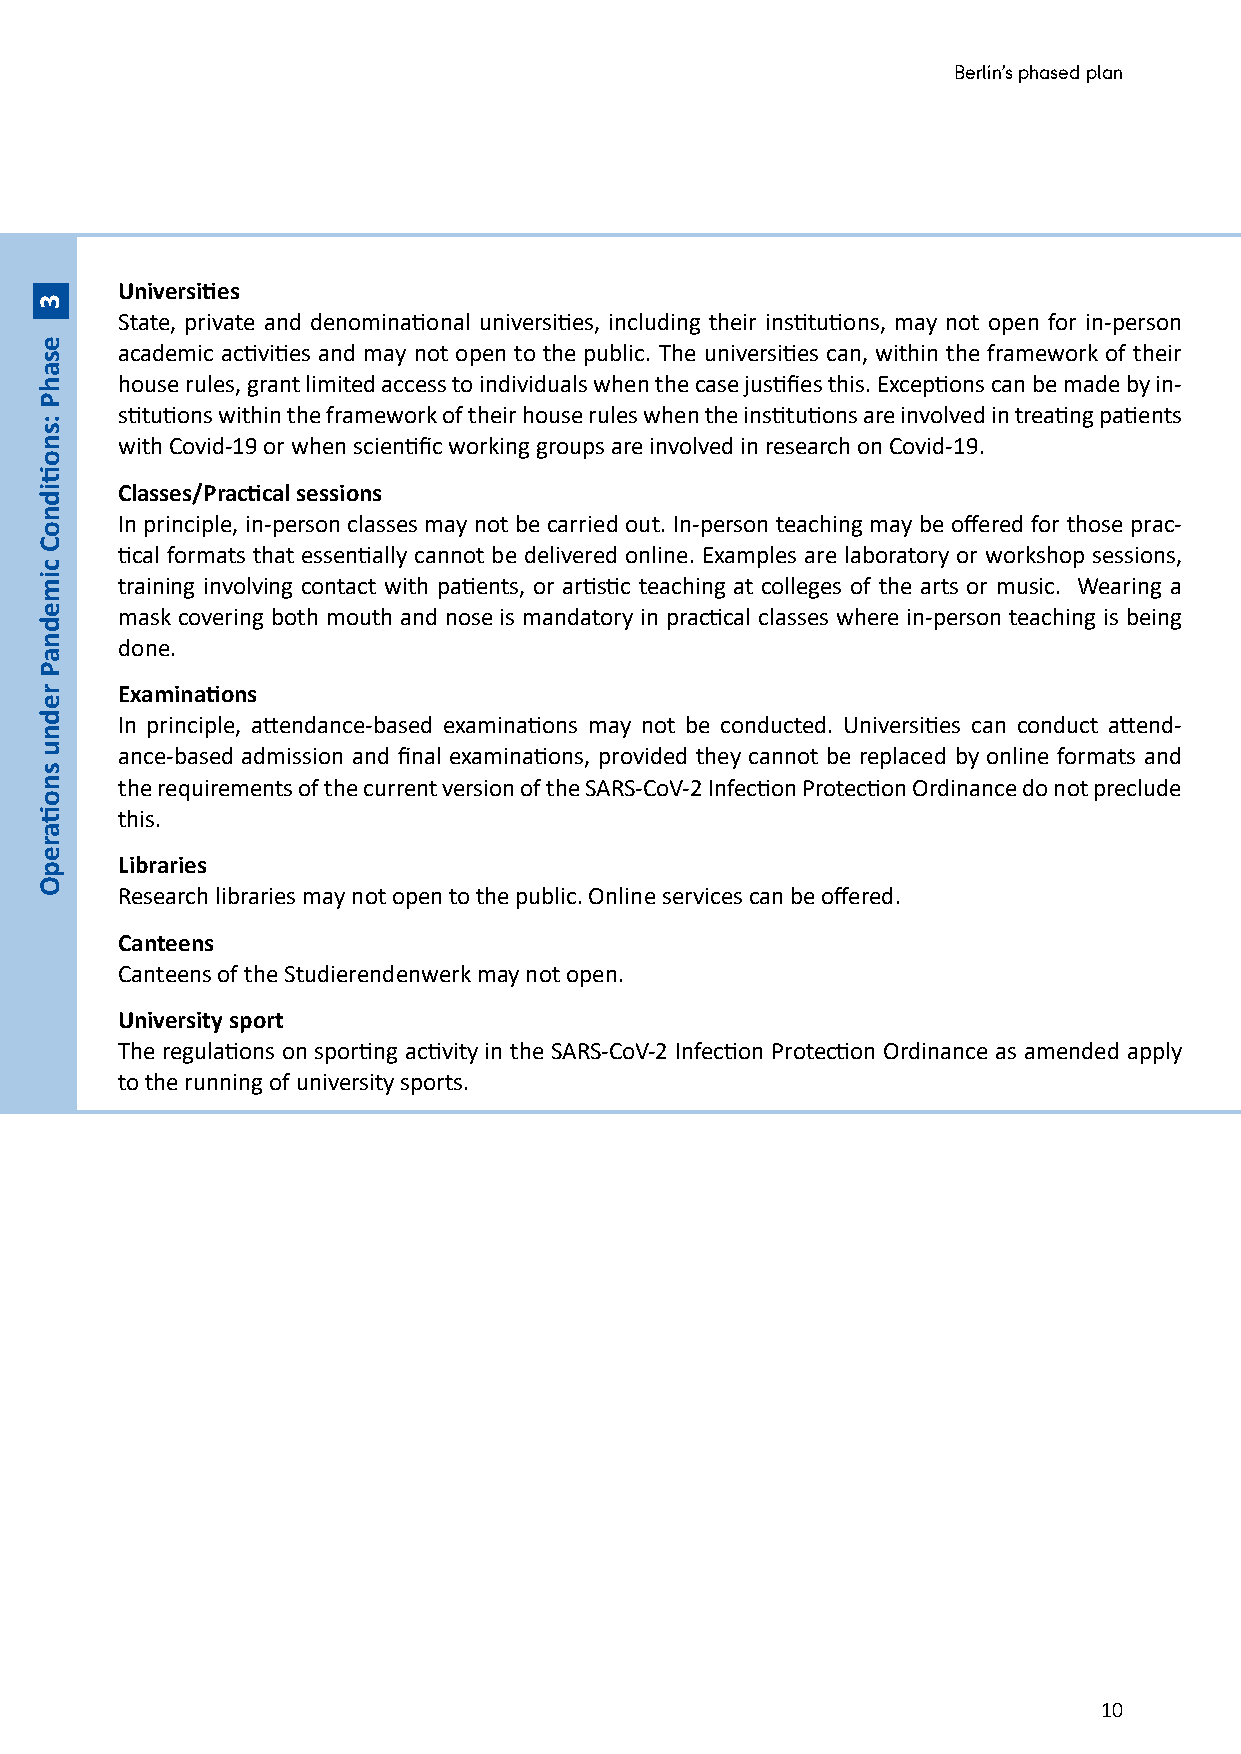
Berlin’s phased plan
 Universities
 State, private and denominational universities, including their institutions, may not open for in-person
 academic activities and may not open to the public. The universities can, within the framework of their
 house rules, grant limited access to individuals when the case justifies this. Exceptions can be made by in-
 stitutions within the framework of their house rules when the institutions are involved in treating patients
 with Covid-19 or when scientific working groups are involved in research on Covid-19.
 Classes/Practical sessions
 In principle, in-person classes may not be carried out. In-person teaching may be offered for those prac-
 tical formats that essentially cannot be delivered online. Examples are laboratory or workshop sessions,
 training involving contact with patients, or artistic teaching at colleges of the arts or music. Wearing a
 mask covering both mouth and nose is mandatory in practical classes where in-person teaching is being
 done.
 Examinations
 In principle, attendance-based examinations may not be conducted. Universities can conduct attend-
 ance-based admission and final examinations, provided they cannot be replaced by online formats and
 the requirements of the current version of the SARS-CoV-2 Infection Protection Ordinance do not preclude
 this.
 Libraries
 Research libraries may not open to the public. Online services can be offered.
 Canteens
 Canteens of the Studierendenwerk may not open.
 University sport
 The regulations on sporting activity in the SARS-CoV-2 Infection Protection Ordinance as amended apply
 to the running of university sports.
 10
 3
 esahP
 :snotiidnoC
 cimednaP
 rednu
 snotiarepO